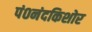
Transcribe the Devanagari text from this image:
पं०नंदकिशोर